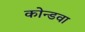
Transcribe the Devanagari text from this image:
कोन्डवा